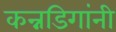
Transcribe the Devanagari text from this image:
कन्नडिगांनी